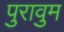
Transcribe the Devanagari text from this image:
पुरावुम